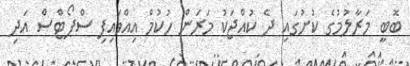
ބޮބީ މަރާލުމުގެ ކުށުގައި ދެ ކުއްޖަކު މަރަން ހުކުމް އިއްވައިފި ސްޕޯޓްސް އަދި